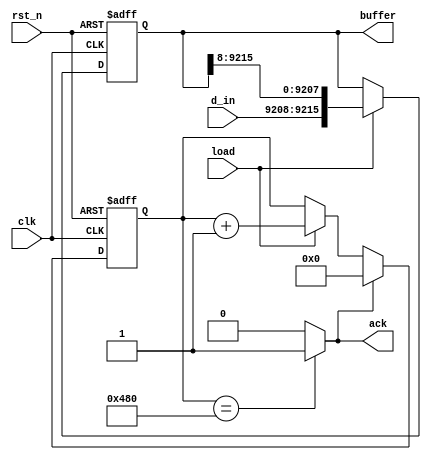
module data_load(
		 	input clk,
			input rst_n,
			input[7:0] d_in,
			input load,
			output reg[9215:0] buffer,
			output ack
		);

reg[10:0] count_load;
always@(posedge clk or negedge rst_n)
	if(!rst_n)
		count_load<=11'b0;
	else if(ack)
		count_load<=0;
	else if(load)
		count_load<=count_load+1'b1;

assign ack=(count_load==11'b10_010_000_000)?1:0;//1152count

always@(posedge clk or negedge rst_n)
	if(!rst_n)
		buffer<=0;
	else if(load)
		buffer<={d_in,buffer[9215:8]};


endmodule